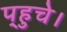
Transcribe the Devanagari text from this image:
प्‌हुचे।